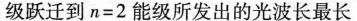
级跃迁到$$n = 2$$能级所发出的光波长最长